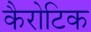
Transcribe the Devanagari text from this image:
कैरोटिक